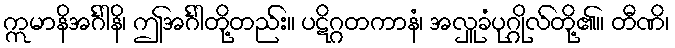
ဣမာနိအင်္ဂါနိ၊ ဤအင်္ဂါတို့တည်း။ ပဋိဂ္ဂတကာနံ၊ အလှူခံပုဂ္ဂိုလ်တို့၏။ တီဏိ၊